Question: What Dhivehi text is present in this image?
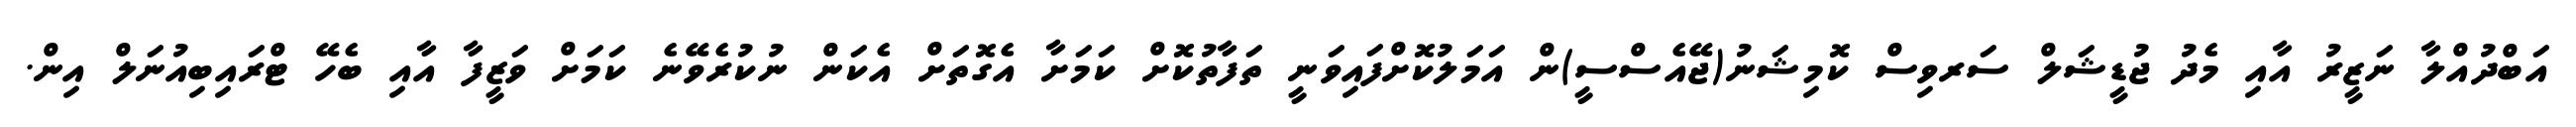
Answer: އަބްދުއްލާ ނަޒީރު އާއި މެދު ޖުޑީޝަލް ސަރވިސް ކޮމިޝަނު(ޖޭއެސްސީ)ން އަމަލުކޮށްފައިވަނީ ތަފާތުކޮށް ކަމަށާ އެގޮތަށް އެކަން ނުކުރެވޭނެ ކަމަށް ވަޒީފާ އާއި ބެހޭ ޓްރައިބިއުނަލް އިން.